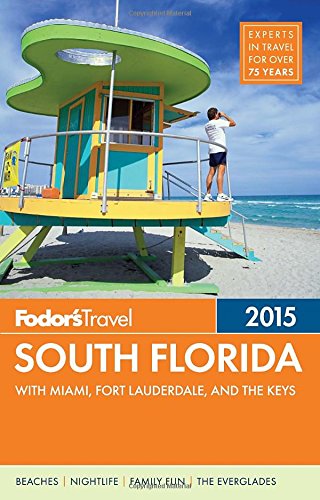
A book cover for Fodor's South Florida 2015: with Miami, Fort Lauderdale & the Keys (Full-color Travel Guide); Fodor's; Travel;